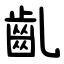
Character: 齓